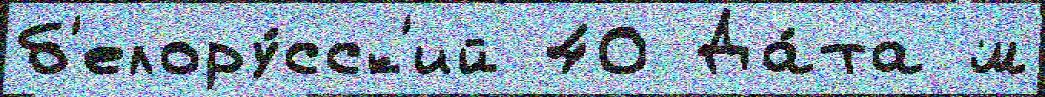
б'елору́сск'ий 40 Да́та м